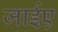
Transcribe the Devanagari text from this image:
जाईए